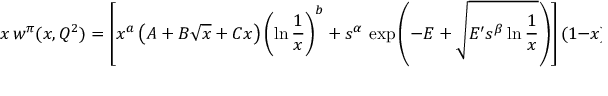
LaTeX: x \, w ^ { \pi } ( x , Q ^ { 2 } ) = \left[ x ^ { a } \left( A + B \sqrt { x } + C x \right) \left( \ln \frac { 1 } { x } \right) ^ { b } + s ^ { \alpha } \, \, \mathrm { { e x p } } \left( - E + \sqrt { E ^ { \prime } s ^ { \beta } \ln \frac { 1 } { x } } \right) \right] ( 1 - x ) ^ { D } .